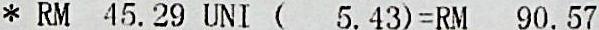
* RM 45.29 UNI (  5.43)=RM 90.57